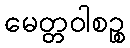
မေတ္တဝါစဉ္စ